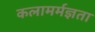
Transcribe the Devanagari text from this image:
कलामर्मज्ञता